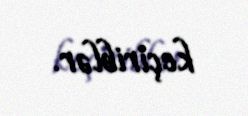
keçiriblər.